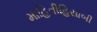
માહિતીહિસાબી